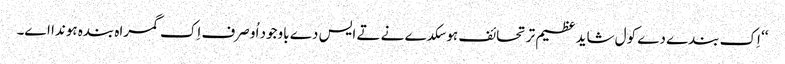
‘‘ اِک بندے دے کول شاید عظیم تر تحائف ہو سکدے نے تے ایس دے باوجود اُو صرف اِک گمراہ بندہ ہوندا اے۔